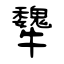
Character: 犩